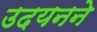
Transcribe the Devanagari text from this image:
उदयनने